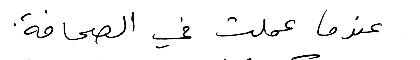
عندما عملت في الصحافة.